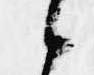
候